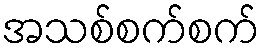
အသစ်စက်စက်